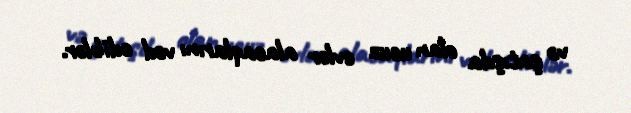
və şatışda olan ucuz evlər alacaqlarını vəd ediblər.